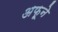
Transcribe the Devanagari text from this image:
अफूने